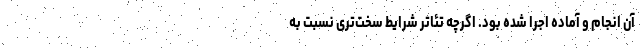
آن انجام و آماده اجرا شده بود. اگرچه تئاتر شرایط ‌سخت‌تری نسبت به